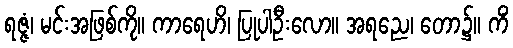
ရဇ္ဇံ၊ မင်းအဖြစ်ကို။ ကာရေဟိ၊ ပြုပါဦးလော။ အရညေ၊ တော၌။ ကိံ